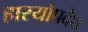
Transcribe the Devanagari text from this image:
हास्योपदेश